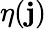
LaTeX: \eta(\mathbf{j})